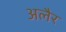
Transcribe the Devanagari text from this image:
अलैर